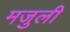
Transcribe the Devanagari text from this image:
मजुली